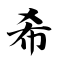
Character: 希